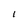
Character: 1